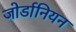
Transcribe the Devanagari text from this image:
जोर्डानियन